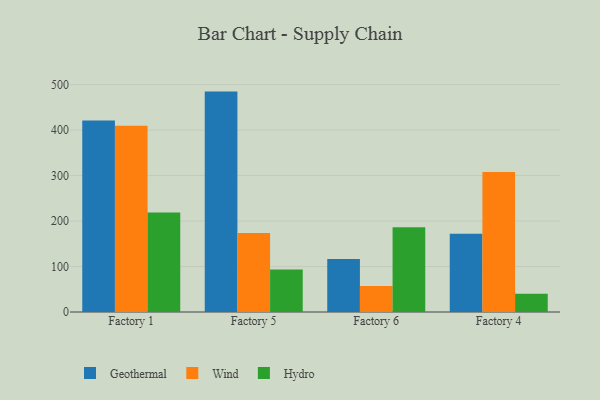
{"axis": {"x": "Factory", "y": "Population (Million)"}, "legend": ["Geothermal", "Hydro", "Wind"], "data": [{"x": "Factory 1", "y": 420.9, "type": "Geothermal"}, {"x": "Factory 1", "y": 409.5, "type": "Wind"}, {"x": "Factory 1", "y": 218.7, "type": "Hydro"}, {"x": "Factory 5", "y": 484.6, "type": "Geothermal"}, {"x": "Factory 5", "y": 173.6, "type": "Wind"}, {"x": "Factory 5", "y": 93.5, "type": "Hydro"}, {"x": "Factory 6", "y": 116.3, "type": "Geothermal"}, {"x": "Factory 6", "y": 57.4, "type": "Wind"}, {"x": "Factory 6", "y": 186.1, "type": "Hydro"}, {"x": "Factory 4", "y": 172.0, "type": "Geothermal"}, {"x": "Factory 4", "y": 308.0, "type": "Wind"}, {"x": "Factory 4", "y": 40.4, "type": "Hydro"}]}